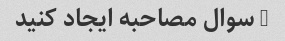
5 سوال مصاحبه ایجاد کنید